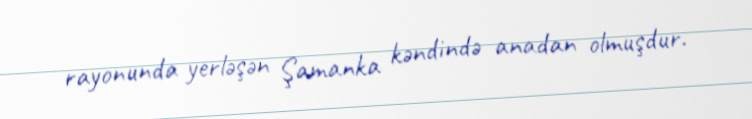
rayonunda yerləşən Şamanka kəndində anadan olmuşdur.